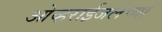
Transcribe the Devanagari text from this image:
ओव्हराईजलच्या